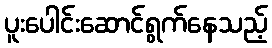
ပူးပေါင်းဆောင်ရွက်နေသည့်